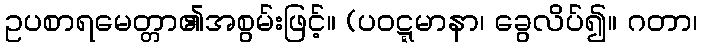
ဥပစာရမေတ္တာ၏အစွမ်းဖြင့်။ (ပဝဋ္ဋမာနာ၊ ခွေလိပ်၍။ ဂတာ၊